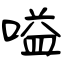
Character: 嗌